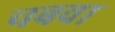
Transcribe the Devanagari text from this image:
चबवा